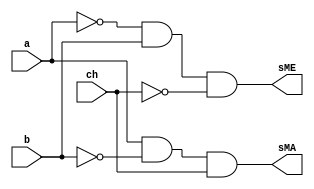
// ------------------------- 
// Exemplo0037
// Nome: Oswaldo Oliveira Paulino
// ------------------------- 

module AU (output sME, output sMA, input a, input b, input ch);
			  
	wire notCH,notA,notB,and1,and2;
	
	not NOT1 (notCH, ch);
	not NOT2 (notA, a);
	not NOT3 (notB, b);
	and AND1 (and1, notA, b);
	and AND2 (and2, a, notB);
	and AND3 (sME, and1, notCH);
	and AND4 (sMA, and2, ch);
endmodule 

module test_AU;
// ------------------------- definir dados
   reg x;
	reg y;
	reg ch;
	wire w;
	wire z;
	
	AU modulo (w, z, x, y, ch);
	
	initial begin: start
		x = 0; 
		y = 0;
		ch= 0;
	end
	
// ------------------------- parte principal
   initial begin
      $display("Exemplo0037 - Oswaldo Oliveira Paulino - 382175");
      $display("Test LU's module");
		$display ("---------------- CHAVE = 0 --------------------");
		$monitor("a = %b b = %b sME = %b",x,y,w);
		#1
		x = 0; y = 1; ch = 0;
		#1
		x = 1; y = 0; ch = 0;
		#1
		x = 1; y = 1; ch = 0;
		#1
		$display ("---------------- CHAVE = 1 --------------------");
		$monitor("a = %b b = %b sMA = %b",x,y,z);
		x = 0; y = 0; ch = 1;
		#1
		x = 0; y = 1; ch = 1;
		#1 
		x = 1; y = 0; ch = 1;
		#1 
		x = 1; y = 1; ch = 1;						
   end
endmodule // test_LU

/*
    Exemplo0037 - Oswaldo Oliveira Paulino - 382175
    Test LU's module
    ---------------- CHAVE = 0 --------------------
    a = 0 b = 0 sME = 0
    a = 0 b = 1 sME = 1
    a = 1 b = 0 sME = 0
    a = 1 b = 1 sME = 0
    ---------------- CHAVE = 1 --------------------
    a = 0 b = 0 sMA = 0
    a = 0 b = 1 sMA = 0
    a = 1 b = 0 sMA = 1
    a = 1 b = 1 sMA = 0
*/